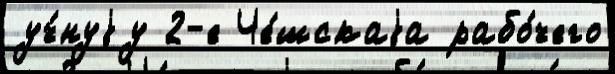
уч́нуjу 2-е Че́шскаjа рабо́чего